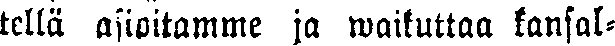
tellä asioitamme ja waikuttaa kansal-